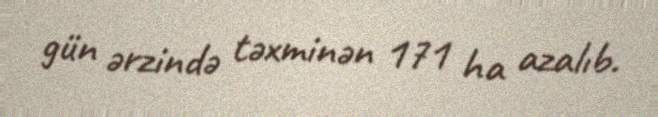
gün ərzində təxminən 171 ha azalıb.